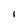
Character: I